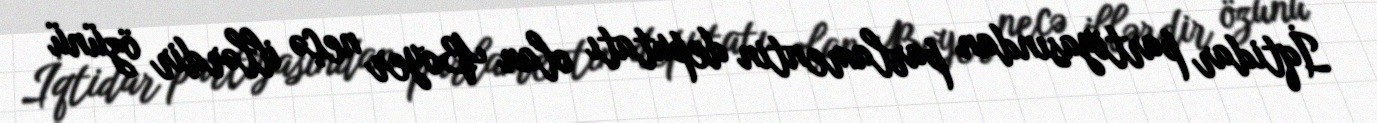
İqtidar partiyasından parlamentin deputatı olan Boyer neçə illərdir özünü